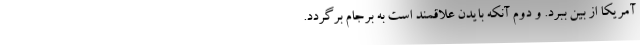
آمریکا از بین ببرد. و دوم آنکه بایدن علاقمند است به برجام برگردد.